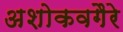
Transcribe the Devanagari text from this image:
अशोकवगैरे